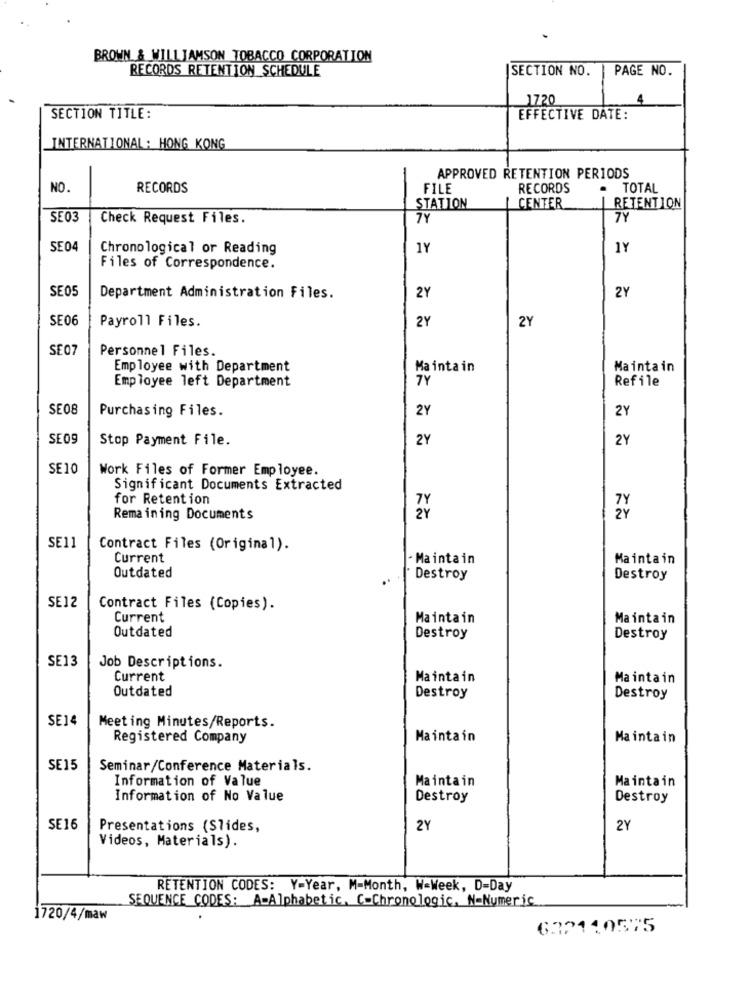
BROWN & WILLIAMSON TOBACCO CORPORATION
RECORDS RETENTION SCHEDULE
SECTION NO.
PAGE NO.
1720
SECTION TITLE:
EFFECTIVE DATE:
INTERNATIONAL : HONG KONG
APPROVED RETENTION PERIODS
NO.
RECORDS
FILE
RECORDS
- TOTAL
STATION
CENTER
RETENTION
SE03
Check Request Files.
7Y
7Y
SE04
Chronological or Reading
1Y
1Y
Files of Correspondence.
SE05
Department Administration Files.
2Y
2Y
SE06
Payroll Files.
2Y
2Y
SE07
Personnel Files.
Employee with Department
Maintain
Maintain
Employee left Department
TY
Refile
SE08
Purchasing Files.
2Y
2Y
SE0g
Stop Payment File.
2Y
2Y
SE10
Work Files of Former Employee.
Significant Documents Extracted
for Retention
7Y
Remaining Documents
2Y
SE11
Contract Files (Original).
Current
- Maintain
Maintain
Outdated
Destroy
Destroy
SE12
Contract Files (Copies).
Current
Maintain
Maintain
Outdated
Destroy
Destroy
SE13
Job Descriptions.
Current
Maintain
Maintain
Outdated
Destroy
Destroy
SE14
Meeting Minutes/Reports.
Registered Company
Maintain
Maintain
SE15
Seminar/Conference Materials.
Information of Value
Maintain
Maintain
Information of No Value
Destroy
Destroy
SE16
Presentations (Slides,
2Y
2Y
Videos, Materials).
RETENTION CODES: Y-Year, M-Month, W-Week, D-Day
SEQUENCE CODES: A=Alphabetic, C-Chronologic, N=Numeric
1720/4/maw
6.32110575